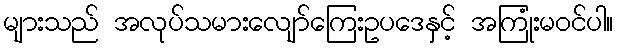
များသည် အလုပ်သမားလျော်ကြေးဥပဒေနှင့် အကြုံးမဝင်ပါ။